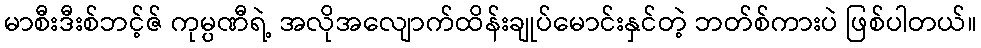
မာစီးဒီးစ်ဘင့်ဇ် ကုမ္ပဏီရဲ့ အလိုအလျောက်ထိန်းချုပ်မောင်းနှင်တဲ့ ဘတ်စ်ကားပဲ ဖြစ်ပါတယ်။